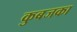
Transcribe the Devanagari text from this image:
कुबजका